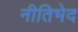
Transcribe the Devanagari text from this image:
नीतिभेद